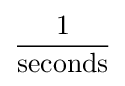
{\dfrac {1}{\text{seconds}}}